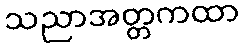
သညာအတ္တကထာ